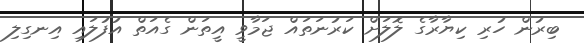
ބިރުން ހުރި ކިޔާރާގެ ލޮލަށް ކަރުނަތައް ޖަމާވީ އީތަން ގެއަތް އުފުލައި އިނގިލި